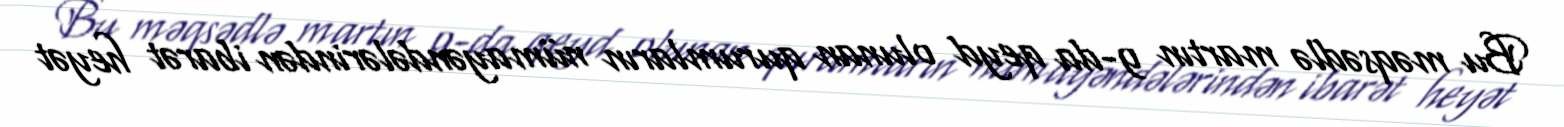
Bu məqsədlə martın 9-da qeyd olunan qurumların nümayəndələrindən ibarət heyət